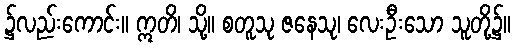
၌လည်းကောင်း။ ဣတိ၊ သို့။ စတူသု ဇနေသု၊ လေးဦးသော သူတို့၌။